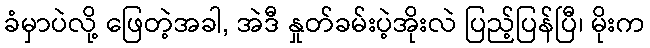
ခံမှာပဲလို့ ဖြေတဲ့အခါ, အဲဒီ နှုတ်ခမ်းပဲ့အိုးလဲ ပြည့်ပြန်ပြီ၊ မိုးက